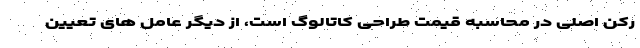
رکن اصلی در محاسبه قیمت طراحی کاتالوگ است، از دیگر عامل های تعیین